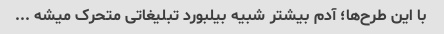
با این طرح‌ها؛ آدم بیشتر شبیه بیلبورد تبلیغاتی متحرک میشه ...